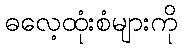
ဓလေ့ထုံးစံများကို